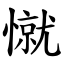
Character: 憱